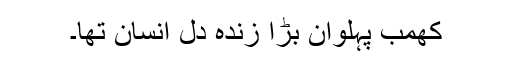
کھمب پہلوان بڑا زندہ دل انسان تھا۔